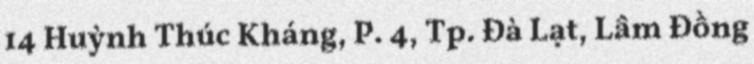
14 Huỳnh Thúc Kháng, P. 4, Tp. Đà Lạt, Lâm Đồng